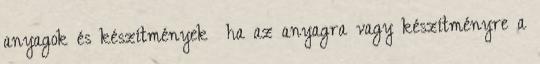
anyagok és készítmények ha az anyagra vagy készítményre a